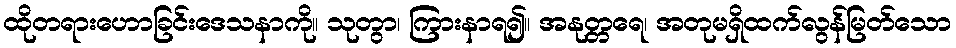
ထိုတရားဟောခြင်းဒေသနာကို။ သုတွာ၊ ကြားနာရ၍။ အနုတ္တရေ၊ အတုမရှိထက်လွန်မြတ်သော